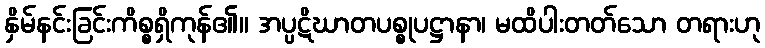
နှိမ်နင်းခြင်းကိစ္စရှိကုန်၏။ အပ္ပဋိဃာတပစ္စုပဋ္ဌာနာ၊ မထိပါးတတ်သော တရားဟု